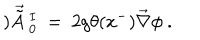
) \vec { \tilde { A } } ~ _ { 0 } ^ { I } ~ = ~ 2 g \theta ( x ^ { - } ) \vec { \nabla } \phi ~ .